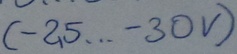
Text: (-25...-30V)